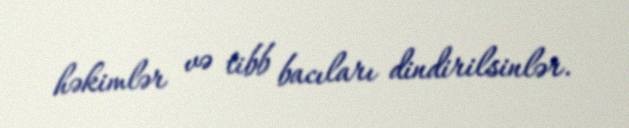
həkimlər və tibb bacıları dindirilsinlər.